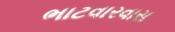
ભાટવારવાસ